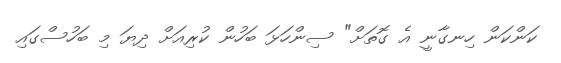
ކަންކަން ހިނގާނީ އެ ގޮތަަށް" ސިންހަޅަ ބަހުން ކުރިއަށް ދިޔަ މި ބަހުސްގައި